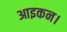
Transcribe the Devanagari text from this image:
आइकन।